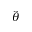
\hat { \theta }